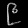
Digit: ၉